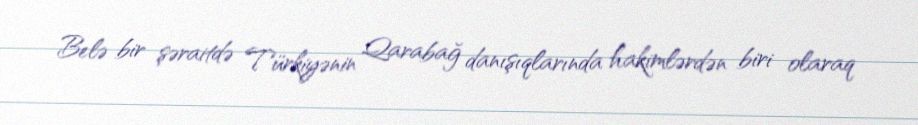
Belə bir şəraitdə Türkiyənin Qarabağ danışıqlarında hakimlərdən biri olaraq